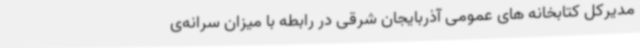
مدیرکل کتابخانه های عمومی آذربایجان شرقی در رابطه با میزان سرانه‌ی